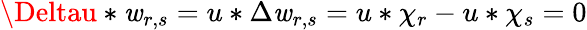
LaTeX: \Deltau*\mathit{w}_{r,s}=u*\Delta\mathit{w}_{r,s}=u*\chi_{r}-u*\chi_{s}=0